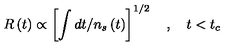
R \left( t \right) \propto \left[ \int d t / n _ { s } \left( t \right) \right] ^ { 1 / 2 } \quad , \quad t < t _ { c }